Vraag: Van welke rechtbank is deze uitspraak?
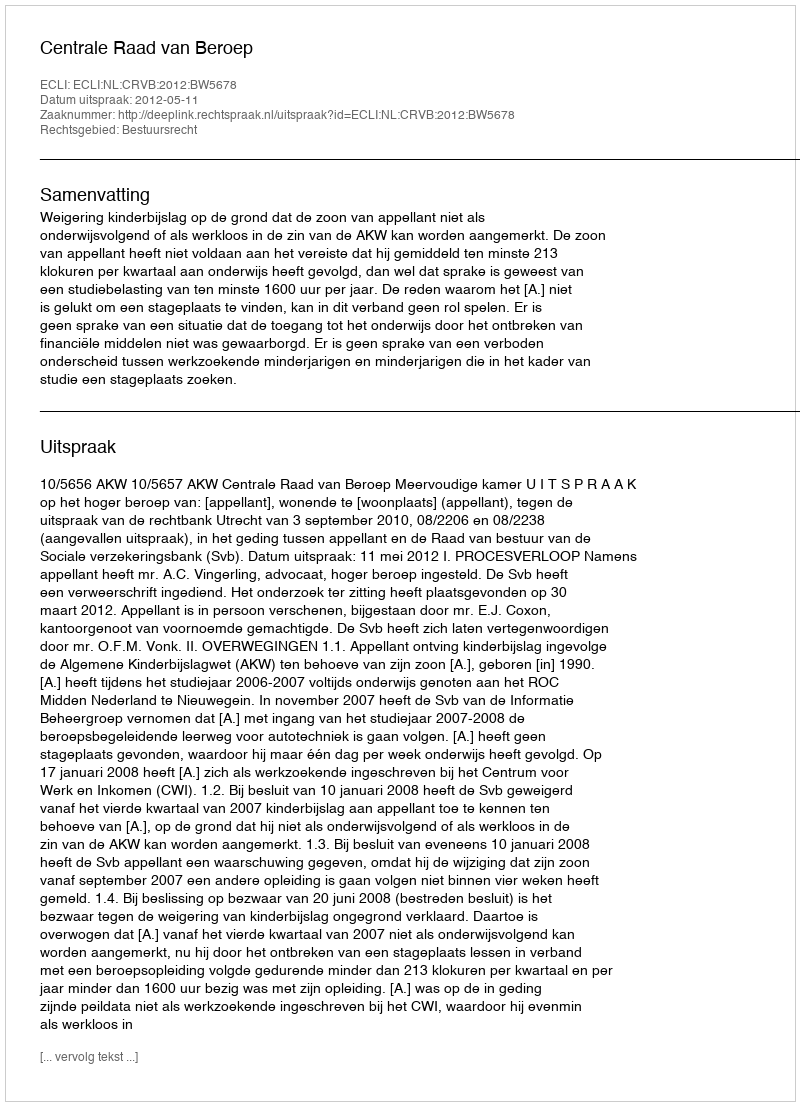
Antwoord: Centrale Raad van Beroep